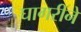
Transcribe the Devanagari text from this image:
घागरीने